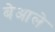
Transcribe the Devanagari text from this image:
बेआले